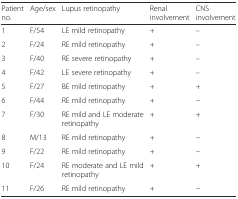
<table><thead><tr><td><b>Patient no.</b></td><td><b>Age/sex</b></td><td><b>Lupus retinopathy</b></td><td><b>Renal involvement</b></td><td><b>CNS involvement</b></td></tr></thead><tbody><tr><td>1</td><td>F/54</td><td>LE mild retinopathy</td><td>+</td><td>–</td></tr><tr><td>2</td><td>F/24</td><td>RE mild retinopathy</td><td>+</td><td>–</td></tr><tr><td>3</td><td>F/40</td><td>RE severe retinopathy</td><td>+</td><td>–</td></tr><tr><td>4</td><td>F/42</td><td>LE severe retinopathy</td><td>+</td><td>–</td></tr><tr><td>5</td><td>F/27</td><td>BE mild retinopathy</td><td>+</td><td>+</td></tr><tr><td>6</td><td>F/44</td><td>RE mild retinopathy</td><td>+</td><td>−</td></tr><tr><td>7</td><td>F/30</td><td>RE mild and LE moderate retinopathy</td><td>+</td><td>+</td></tr><tr><td>8</td><td>M/13</td><td>RE mild retinopathy</td><td>+</td><td>−</td></tr><tr><td>9</td><td>F/22</td><td>RE mild retinopathy</td><td>+</td><td>−</td></tr><tr><td>10</td><td>F/24</td><td>RE moderate and LE mild retinopathy</td><td>+</td><td>+</td></tr><tr><td>11</td><td>F/26</td><td>RE mild retinopathy</td><td>+</td><td>−</td></tr></tbody></table>